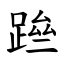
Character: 䠁